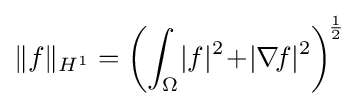
\|f\|_{H^{1}}=\left(\int _{\Omega }\!|f|^{2}\!+\!|\nabla \!f|^{2}\right)^{\!{\frac {1}{2}}}